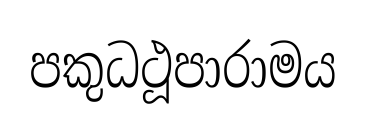
පකුධථූපාරාමය